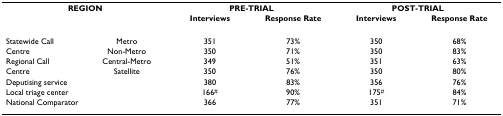
| <COLSPAN=2> REGION | <COLSPAN=2> PRE-TRIAL | <COLSPAN=2> POST-TRIAL |
 |  |  | Interviews | Response Rate | Interviews | Response Rate |
 | --- | --- | --- | --- | --- | --- |
 | Statewide Call | Metro | 351 | 73% | 350 | 68% |
 | Centre | Non-Metro | 350 | 71% | 350 | 83% |
 | Regional Call | Central-Metro | 349 | 51% | 351 | 63% |
 | Centre | Satellite | 350 | 76% | 350 | 80% |
 | Deputising service |  | 380 | 83% | 356 | 76% |
 | Local triage center |  | 166# | 90% | 175# | 84% |
 | National Comparator |  | 366 | 77% | 351 | 71% |